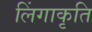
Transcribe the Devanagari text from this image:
लिंगाकृति